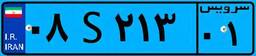
۸۹S۵۰۹۱۴